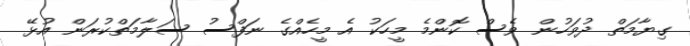
ގިޔާމަތް ދުވަހުން ވެސް ކޮންމެ މީހަކު އެ މީހެއްގެ ނަފްސު ސަލާމަތްކުރަން އުޅޭ